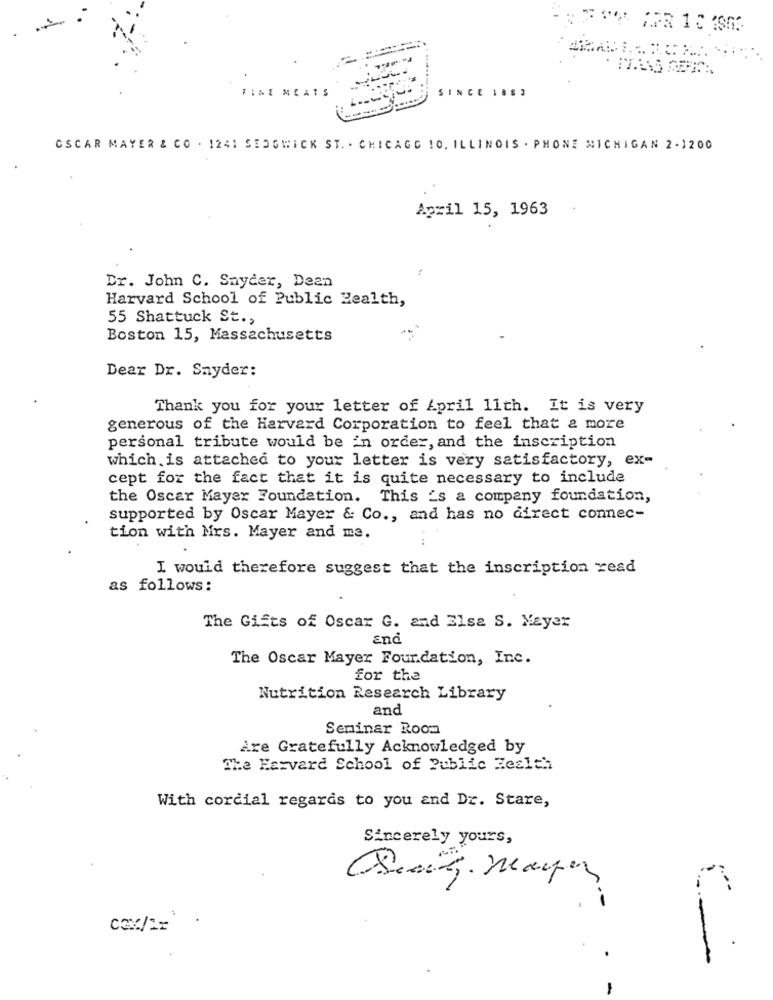
FINE MEATS
SINCE 1883
CSCAR MAYER & CO . 1241 SEDGWICK ST. . CHICAGO 10, ILLINOIS . PHONE MICHIGAN 2- 1200
April 15, 1963
Dr. John C. Snyder, Dean
Harvard School of Public Health,
55 Shattuck St .,
Boston 15, Massachusetts
Dear Dr. Snyder:
Thank you for your letter of April 11th. It is very
generous of the Harvard Corporation to feel that & more
personal tribute would be in order, and the inscription
which is attached to your letter is very satisfactory, ex-
cept for the fact that it is quite necessary to include
the Oscar Mayer Foundation. This is a company foundation,
supported by Oscar Mayer & Co ., and has no direct connec-
tion with Mrs. Mayer and me.
I would therefore suggest that the inscription read
as follows:
The Gifts of Oscar G. and Else S. Mayer
The Oscar Mayer Foundation, Inc.
for the
Nutrition Research Library
and
Seminar Room
Are Gratefully Acknowledged by
The Harvard School of Public Health
With cordial regards to you and Dr. Stare,
Sincerely yours,
5
.-
cax/1=
-